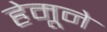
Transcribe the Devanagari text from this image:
हेमूने